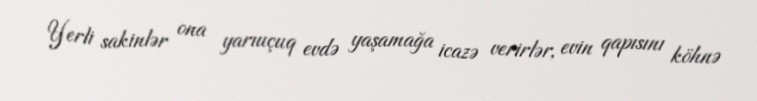
Yerli sakinlər ona yarıuçuq evdə yaşamağa icazə verirlər, evin qapısını köhnə